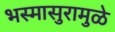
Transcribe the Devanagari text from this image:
भस्मासुरामुळे